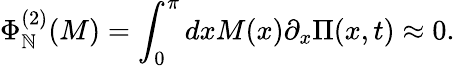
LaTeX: \Phi_{\mathbb{N}}^{(2)}(M)=\int_{0}^{\pi}dxM(x)\partial_{x}\Pi(x,t)\approx0.